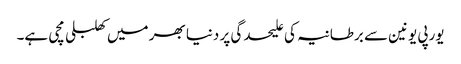
یورپی یونین سے برطانیہ کی علیحدگی پر دنیا بھر میں کھلبلی مچی ہے۔